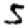
Digit: 5